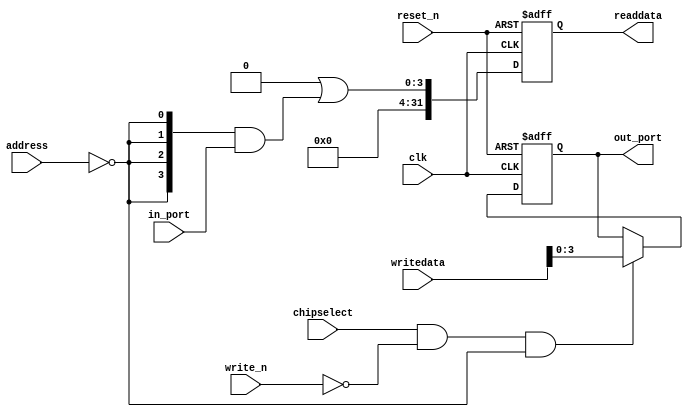
module ghrd_10as066n2_led_pio_altera_avalon_pio_171_yz2rppa (
                                                               address,
                                                               chipselect,
                                                               clk,
                                                               in_port,
                                                               reset_n,
                                                               write_n,
                                                               writedata,
                                                               out_port,
                                                               readdata
                                                            )
;
  output  [  3: 0] out_port;
  output  [ 31: 0] readdata;
  input   [  1: 0] address;
  input            chipselect;
  input            clk;
  input   [  3: 0] in_port;
  input            reset_n;
  input            write_n;
  input   [ 31: 0] writedata;
wire             clk_en;
wire    [  3: 0] data_in;
reg     [  3: 0] data_out;
wire    [  3: 0] out_port;
wire    [  3: 0] read_mux_out;
reg     [ 31: 0] readdata;
  assign clk_en = 1;
  assign read_mux_out = {4 {(address == 0)}} & data_in;
  always @(posedge clk or negedge reset_n)
    begin
      if (reset_n == 0)
          readdata <= 0;
      else if (clk_en)
          readdata <= {32'b0 | read_mux_out};
    end
  always @(posedge clk or negedge reset_n)
    begin
      if (reset_n == 0)
          data_out <= 0;
      else if (chipselect && ~write_n && (address == 0))
          data_out <= writedata[3 : 0];
    end
  assign out_port = data_out;
  assign data_in = in_port;
endmodule